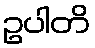
ဥပါတိ